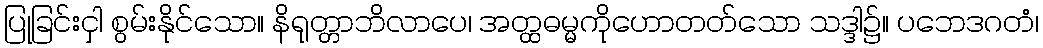
ပြုခြင်းငှါ စွမ်းနိုင်သော။ နိရုတ္တာဘိလာပေ၊ အတ္ထဓမ္မကိုဟောတတ်သော သဒ္ဒါ၌။ ပဘေဒဂတံ၊